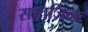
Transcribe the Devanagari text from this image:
सप्तजिव्हः